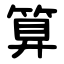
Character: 算